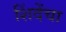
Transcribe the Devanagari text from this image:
शिंदेंचा